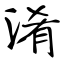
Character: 淆